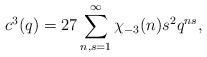
LaTeX: \begin{align*}c^{3}(q) = 27 \sum_{n,s=1}^{\infty} \chi_{-3}(n)s^{2} q^{ns}, \end{align*}